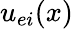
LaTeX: u_{ei}(x)